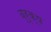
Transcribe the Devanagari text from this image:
ब्र्क्ष